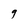
Character: 9